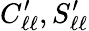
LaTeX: C_{\ell\ell}^{\prime},S_{\ell\ell}^{\prime}